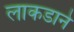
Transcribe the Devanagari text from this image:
लाकडाने